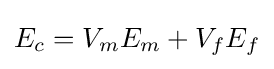
E_{c}=V_{m}E_{m}+V_{f}E_{f}